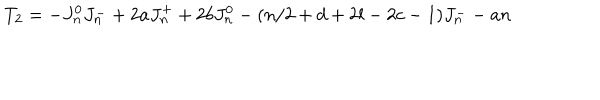
T _ { 2 } = - J _ { n } ^ { 0 } J _ { n } ^ { - } + 2 a J _ { n } ^ { + } + 2 b J _ { n } ^ { 0 } - ( n / 2 + d + 2 l - 2 c - 1 ) J _ { n } ^ { - } - a n